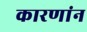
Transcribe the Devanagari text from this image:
कारणांन